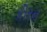
કીરન